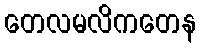
တေလမလိကတေန